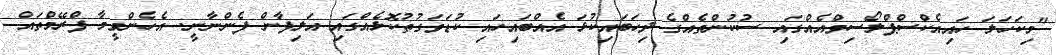
"މިކަހަލަ ހައިއެކްސްޕްލޯސިވްއެއްގައި ސުކުންތެއްގެ ދިހަބައިކުޅަ އެއްބައިހައި ކުޑަވަގުތުކޮޅެއްގައި އަލިފާން ފެންނާނީ. އެހެންވީމާ ފްރޭމްތައް